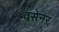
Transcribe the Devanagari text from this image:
वसेनर